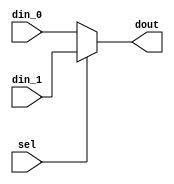
module mux_2c1_32bit(sel, din_0, din_1, dout);
  input sel;
  input [31:0] din_0;
  input [31:0] din_1;
  output reg [31:0] dout;
  
  always@(*)
    begin
      if(sel == 0)
        begin
          dout = din_0;
        end
        
      else
        begin
          dout = din_1;  
        end

    end

endmodule

module mux_2c1_5bit(sel, din_0, din_1, dout);
  input sel;
  input [4:0] din_0;
  input [4:0] din_1;
  output reg [4:0] dout;
  
  always@(*)
    begin
      if(sel == 0)
        begin
          dout = din_0;
        end
        
      else
        begin
          dout = din_1;  
        end

    end

endmodule

module mux_3c1_5bit(sel, din_0, din_1, din_2, dout);
  input [1:0] sel;
  input [4:0] din_0;
  input [4:0] din_1;
  input [4:0] din_2;
  output reg [4:0] dout;
  
  always@(*)
    begin
      if(sel == 2'b00)
        begin
          dout = din_0;  
        end
      else if(sel == 2'b01)
        begin
          dout = din_1;  
        end
      else if(sel == 2'b10)
        begin
          dout = din_2;  
        end
      else
        begin
          $display("Warning: invalid sel for mux_3c1_5bit");
        end
        
    end
  
endmodule